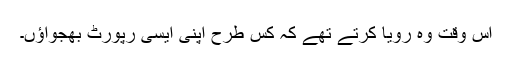
اس وقت وہ رویا کرتے تھے کہ کس طرح اپنی ایسی رپورٹ بھجواؤں۔